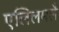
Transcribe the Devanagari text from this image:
एलिलमलै